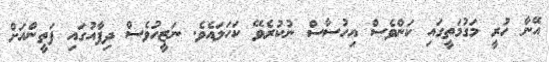
އޭނާ ހުރީ މަގުމަތީގައި ކަންވެސް އިހުސާސް ނުކުރެވޭ ކަހަލައެވެ. ނަޒީހުވެސް ދިފާއުގައި ފަތީންއަށް